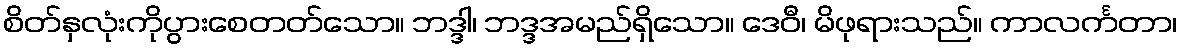
စိတ်နှလုံးကိုပွားစေတတ်သော။ ဘဒ္ဒါ၊ ဘဒ္ဒအမည်ရှိသော။ ဒေဝီ၊ မိဖုရားသည်။ ကာလင်္ကတာ၊